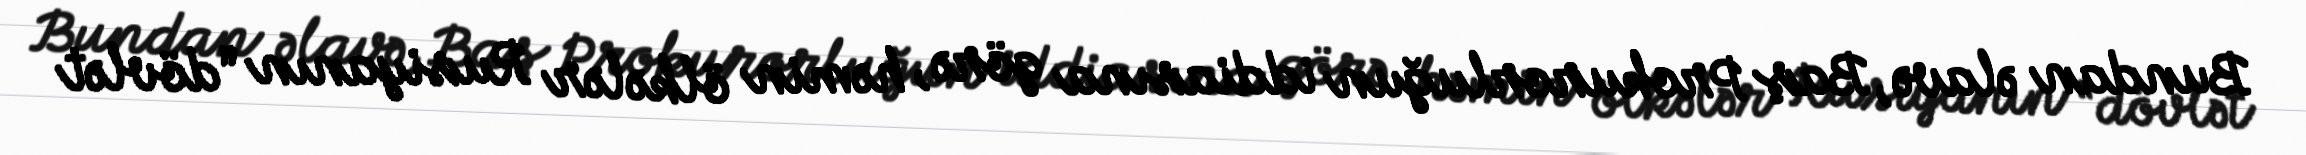
Bundan əlavə, Baş Prokurorluğun iddiasına görə, həmin ölkələr Rusiyanın “dövlət